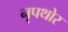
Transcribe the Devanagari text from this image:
नृपथोर